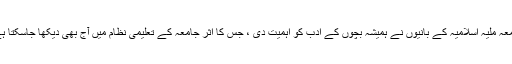
جامعہ ملیہ اسلامیہ کے بانیوں نے ہمیشہ بچوں کے ادب کو اہمیت دی ، جس کا اثر جامعہ کے تعلیمی نظام میں آج بھی دیکھا جاسکتا ہے ۔